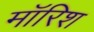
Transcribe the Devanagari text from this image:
मॉरिश